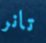
تانر